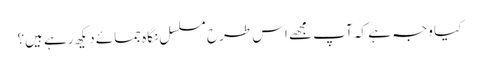
کیا وجہ ہے کہ آپ مجھے اس طرح مسلسل نگاہ جمائے دیکھ رہے ہیں؟